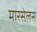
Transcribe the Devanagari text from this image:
मारसेलस